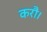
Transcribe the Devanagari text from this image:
करौ।